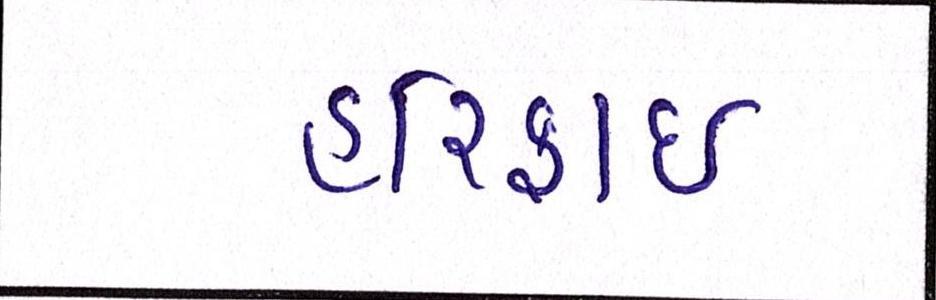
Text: હરિફાઇ